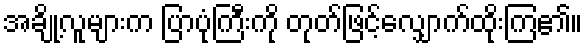
အချို့လူများက ပြာပုံကြီးကို တုတ်ဖြင့်လျှောက်ထိုးကြ၏။